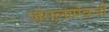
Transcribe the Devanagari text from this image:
जंगलाऐवजी